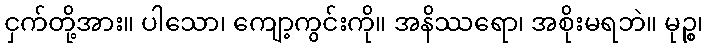
ငှက်တို့အား။ ပါသော၊ ကျော့ကွင်းကို။ အနိဿရော၊ အစိုးမရဘဲ။ မုဉ္စ၊